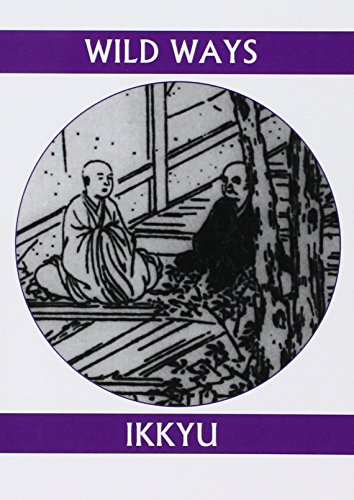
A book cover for Wild Ways; Ikkyu; Literature & Fiction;